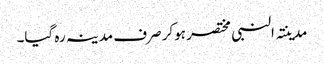
مدینتہ النبی مختصر ہوکر صرف مدینہ رہ گیا۔